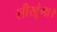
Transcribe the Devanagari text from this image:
सीखूंगा।